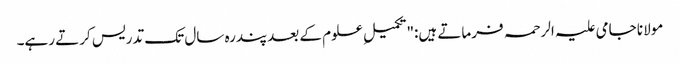
مولانا جامی علیہ الرحمہ فرماتے ہیں:"تکمیلِ علوم کے بعدپندرہ سال تک تدریس کرتے رہے۔